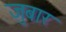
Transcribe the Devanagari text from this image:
जुबार